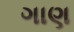
ગાણ